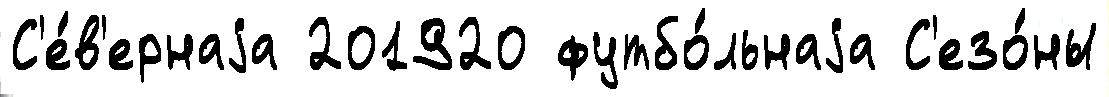
С'е́в'ернаjа 201920 футбо́льнаjа С'езо́ны